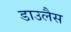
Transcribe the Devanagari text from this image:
डाउलैस